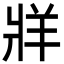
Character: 牂